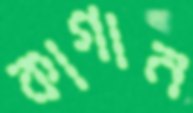
কাগান